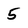
Character: 5